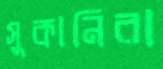
সুকানিরা